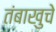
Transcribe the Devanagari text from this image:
तंबाखुचे